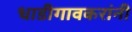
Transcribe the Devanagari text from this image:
धाडीगावकरांनी